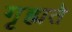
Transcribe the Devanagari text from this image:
गृह्यते